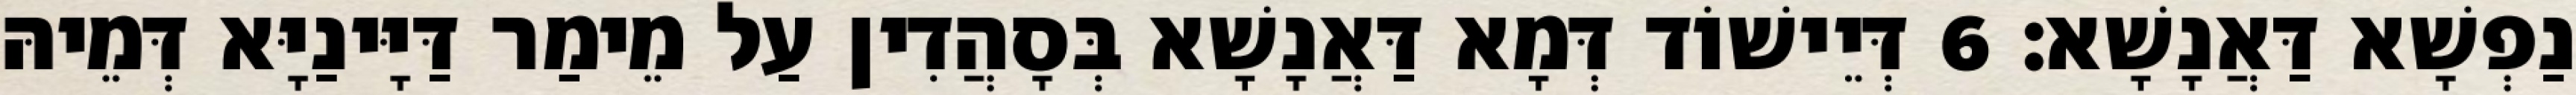
נַפְשָׁא דַּאֲנָשָׁא׃ 6 דְּיֵישׁוֹד דְּמָא דַּאֲנָשָׁא בְּסָהֲדִין עַל מֵימַר דַּיָּינַיָּא דְּמֵיהּ